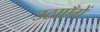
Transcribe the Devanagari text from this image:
उठाएँगें